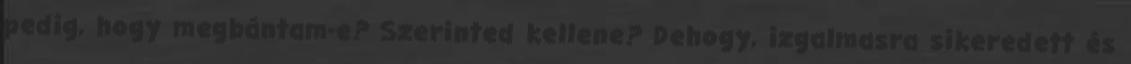
pedig, hogy megbántam-e? Szerinted kellene? Dehogy, izgalmasra sikeredett és